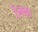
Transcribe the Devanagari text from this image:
रेलका